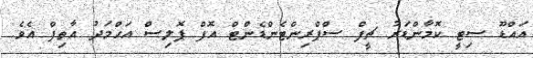
އައްޑޫ ސިޓީ ކޮމާންޑަރު ޗީފް ސްޕްރިންޓެންޑެންޓް އޮފް ޕޮލިސް އަޙްމަދު އާތިފް އެވެ.